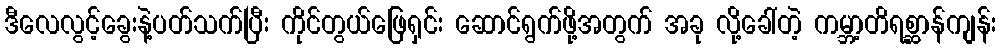
ဒီလေလွင့်ခွေးနဲ့ပတ်သက်ပြီး ကိုင်တွယ်ဖြေရှင်း ဆောင်ရွက်ဖို့အတွက် အခု လို့ခေါ်တဲ့ ကမ္ဘာ့တိရစ္ဆာန်ကျန်း